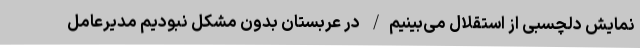
نمایش دلچسبی از استقلال می‌بینیم/ در عربستان بدون مشکل نبودیم مدیرعامل